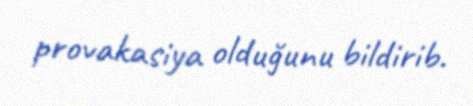
provakasiya olduğunu bildirib.